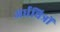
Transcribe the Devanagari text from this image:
अर्धचित्रों